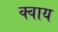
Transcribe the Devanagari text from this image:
क्वाय